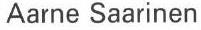
Aarne Saarinen